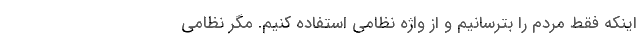
اینکه فقط مردم را بترسانیم و از واژه نظامی استفاده کنیم. مگر نظامی